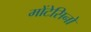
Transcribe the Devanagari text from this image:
मोंटेसिनो